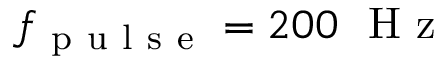
f _ { \mathrm { ~ p ~ u ~ l ~ s ~ e ~ } } = 2 0 0 ~ \mathrm { ~ H ~ z ~ }